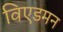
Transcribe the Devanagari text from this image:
विएडमन